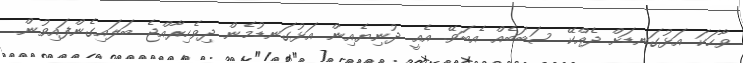
ވާހަކަ އަޅުގަނޑަށް ދެއްކޭ ސަބަބެއް އެބަވޭ. އެއީ ދުނިޔެއިން އަޅުގަނޑުމެން ދިވެހިރާއްޖެ ބަލައިގެންފައިވުން.